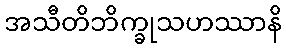
အသီတိဘိက္ခုသဟဿာနိ